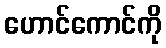
ဟောင်ကောင်ကို